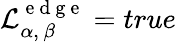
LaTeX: \mathcal{L}_{\alpha,\, \beta}^{\mathrm{~e~d~g~e~}}=true